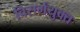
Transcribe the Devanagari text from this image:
विसर्गयुक्त